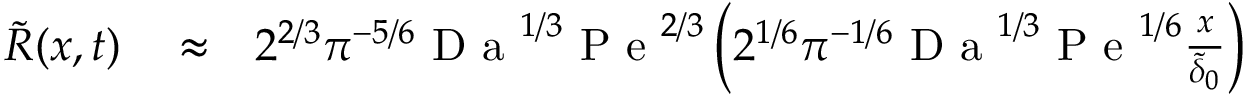
\begin{array} { r l r } { \widetilde { R } ( x , t ) } & { { } \approx } & { 2 ^ { 2 / 3 } \pi ^ { - 5 / 6 } \textrm { D a } ^ { 1 / 3 } \textrm { P e } ^ { 2 / 3 } \left( 2 ^ { 1 / 6 } \pi ^ { - 1 / 6 } \textrm { D a } ^ { 1 / 3 } \textrm { P e } ^ { 1 / 6 } \frac { x } { \widetilde { \delta } _ { 0 } } \right) } \end{array}